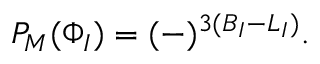
P _ { M } ( \Phi _ { I } ) = ( - ) ^ { 3 ( B _ { I } - L _ { I } ) } .